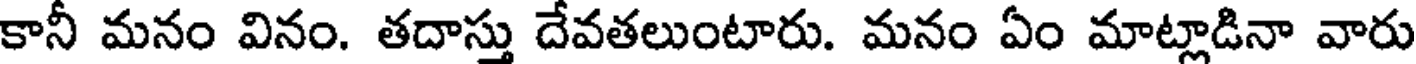
కానీ మనం వినం. తదాస్తు దేవతలుంటారు. మనం ఏం మాట్లాడినా వారు